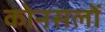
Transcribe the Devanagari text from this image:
कोनसलों